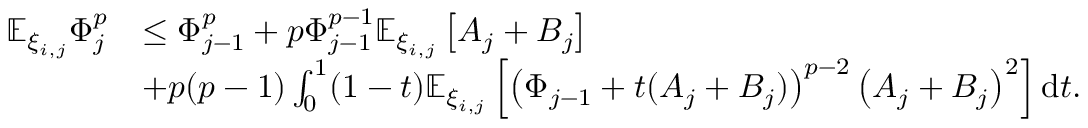
\begin{array} { r l } { \mathbb { E } _ { \xi _ { i , j } } \Phi _ { j } ^ { p } } & { \le \Phi _ { j - 1 } ^ { p } + p \Phi _ { j - 1 } ^ { p - 1 } \mathbb { E } _ { \xi _ { i , j } } \left[ A _ { j } + B _ { j } \right] } \\ & { + p ( p - 1 ) \int _ { 0 } ^ { 1 } ( 1 - t ) \mathbb { E } _ { \xi _ { i , j } } \left[ \left( \Phi _ { j - 1 } + t ( A _ { j } + B _ { j } ) \right) ^ { p - 2 } \left( A _ { j } + B _ { j } \right) ^ { 2 } \right] \mathrm { d } t . } \end{array}